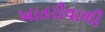
ખાતરીવાળી